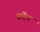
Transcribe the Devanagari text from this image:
करॆन